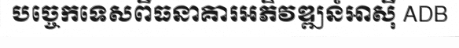
បច្ចេកទេសពីធនាគារអភិវឌ្ឍន៍អាស៊ី ADB